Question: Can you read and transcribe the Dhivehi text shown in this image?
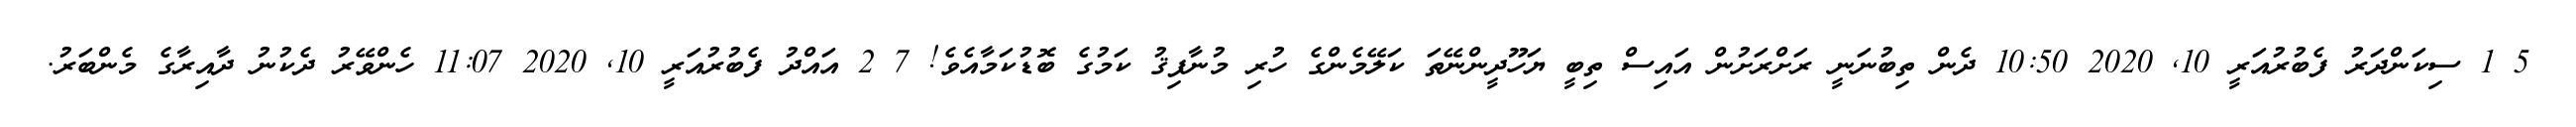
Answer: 5 1 ސިކަންދަރު ފެބުރުއަރީ 10, 2020 10:50 ދެން ތިބުނަނީ ރަށްރަށުން އައިސް ތިބީ ޔަހޫދީންނޭތަ ކަލޭމެންގެ ހުރި މުނާފިޤު ކަމުގެ ބޮޑުކަމާއެވެ! 7 2 އައްދު ފެބުރުއަރީ 10, 2020 11:07 ހެންވޭރު ދެކުނު ދާއިރާގެ މެންބަރު.